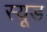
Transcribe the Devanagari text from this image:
स्‍यूड